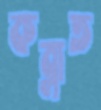
কব্‌লাত